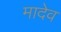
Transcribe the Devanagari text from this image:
मादेव